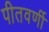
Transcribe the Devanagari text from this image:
पीतवर्णी